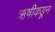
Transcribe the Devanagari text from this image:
ऋषीकडून